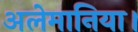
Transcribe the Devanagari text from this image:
अलेमानिया।